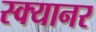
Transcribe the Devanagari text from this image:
स्क्यानर